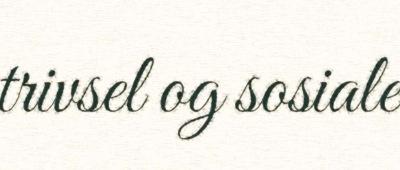
trivsel og sosiale